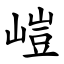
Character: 嵦